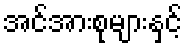
အင်အားစုများနှင့်